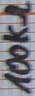
Text: 100kΩ